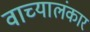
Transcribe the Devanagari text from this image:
वाच्यालंकार